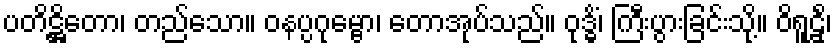
ပတိဋ္ဌိတော၊ တည်သော။ ဝနပ္ပဂုမ္ဗော၊ တောအုပ်သည်။ ဝုဒ္ဓိံ၊ ကြီးပွားခြင်းသို့။ ဝိရူဠှိံ၊